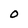
Character: O